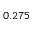
0 . 2 7 5